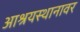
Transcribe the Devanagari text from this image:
आश्रयस्थानावर